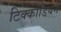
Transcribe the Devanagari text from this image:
टिक्कोडियन